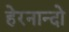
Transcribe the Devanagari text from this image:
हेरनान्दो